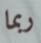
ربما